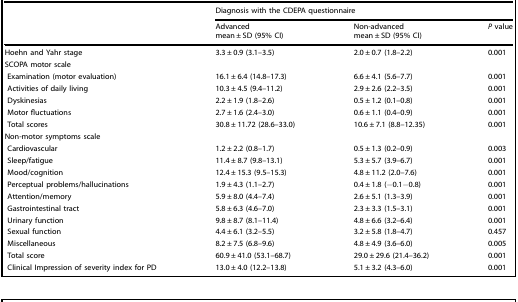
<table><thead><tr><td></td><td colspan="3"><b>Diagnosis with the CDEPA questionnaire</b></td></tr><tr><td></td><td><b>Advanced mean ± SD (95% CI)</b></td><td><b>Non-advanced mean ± SD (95% CI)</b></td><td><b><i>P</i> value</b></td></tr></thead><tbody><tr><td>Hoehn and Yahr stage</td><td>3.3 ± 0.9 (3.1–3.5)</td><td>2.0 ± 0.7 (1.8–2.2)</td><td>0.001</td></tr><tr><td colspan="4">SCOPA motor scale</td></tr><tr><td> Examination (motor evaluation)</td><td>16.1 ± 6.4 (14.8–17.3)</td><td>6.6 ± 4.1 (5.6–7.7)</td><td>0.001</td></tr><tr><td> Activities of daily living</td><td>10.3 ± 4.5 (9.4–11.2)</td><td>2.9 ± 2.6 (2.2–3.5)</td><td>0.001</td></tr><tr><td> Dyskinesias</td><td>2.2 ± 1.9 (1.8–2.6)</td><td>0.5 ± 1.2 (0.1–0.8)</td><td>0.001</td></tr><tr><td> Motor fluctuations</td><td>2.7 ± 1.6 (2.4–3.0)</td><td>0.6 ± 1.1 (0.4–0.9)</td><td>0.001</td></tr><tr><td> Total scores</td><td>30.8 ± 11.72 (28.6–33.0)</td><td>10.6 ± 7.1 (8.8–12.35)</td><td>0.001</td></tr><tr><td colspan="4">Non-motor symptoms scale</td></tr><tr><td> Cardiovascular</td><td>1.2 ± 2.2 (0.8–1.7)</td><td>0.5 ± 1.3 (0.2–0.9)</td><td>0.003</td></tr><tr><td> Sleep/fatigue</td><td>11.4 ± 8.7 (9.8–13.1)</td><td>5.3 ± 5.7 (3.9–6.7)</td><td>0.001</td></tr><tr><td> Mood/cognition</td><td>12.4 ± 15.3 (9.5–15.3)</td><td>4.8 ± 11.2 (2.0–7.6)</td><td>0.001</td></tr><tr><td> Perceptual problems/hallucinations</td><td>1.9 ± 4.3 (1.1–2.7)</td><td>0.4 ± 1.8 (−0.1−0.8)</td><td>0.001</td></tr><tr><td> Attention/memory</td><td>5.9 ± 8.0 (4.4–7.4)</td><td>2.6 ± 5.1 (1.3–3.9)</td><td>0.001</td></tr><tr><td> Gastrointestinal tract</td><td>5.8 ± 6.3 (4.6–7.0)</td><td>2.3 ± 3.3 (1.5–3.1)</td><td>0.001</td></tr><tr><td> Urinary function</td><td>9.8 ± 8.7 (8.1–11.4)</td><td>4.8 ± 6.6 (3.2–6.4)</td><td>0.001</td></tr><tr><td> Sexual function</td><td>4.4 ± 6.1 (3.2–5.5)</td><td>3.2 ± 5.8 (1.8–4.7)</td><td>0.457</td></tr><tr><td> Miscellaneous</td><td>8.2 ± 7.5 (6.8–9.6)</td><td>4.8 ± 4.9 (3.6–6.0)</td><td>0.005</td></tr><tr><td> Total score</td><td>60.9 ± 41.0 (53.1–68.7)</td><td>29.0 ± 29.6 (21.4–36.2)</td><td>0.001</td></tr><tr><td> Clinical Impression of severity index for PD</td><td>13.0 ± 4.0 (12.2–13.8)</td><td>5.1 ± 3.2 (4.3–6.0)</td><td>0.001</td></tr></tbody></table>